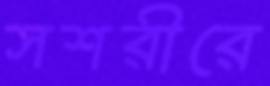
সশরীরে